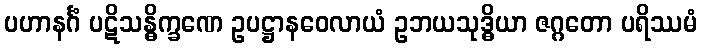
ပဟာနင်္ဂံ ပဋိသန္ဓိက္ခဏေ ဥပဋ္ဌာနဝေလာယံ ဥဘယသုဒ္ဓိယာ ဇဂ္ဂတော ပရိဿမံ